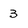
Character: 3